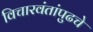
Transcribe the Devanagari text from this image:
विचारवंतांपुढचे